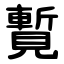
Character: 覱